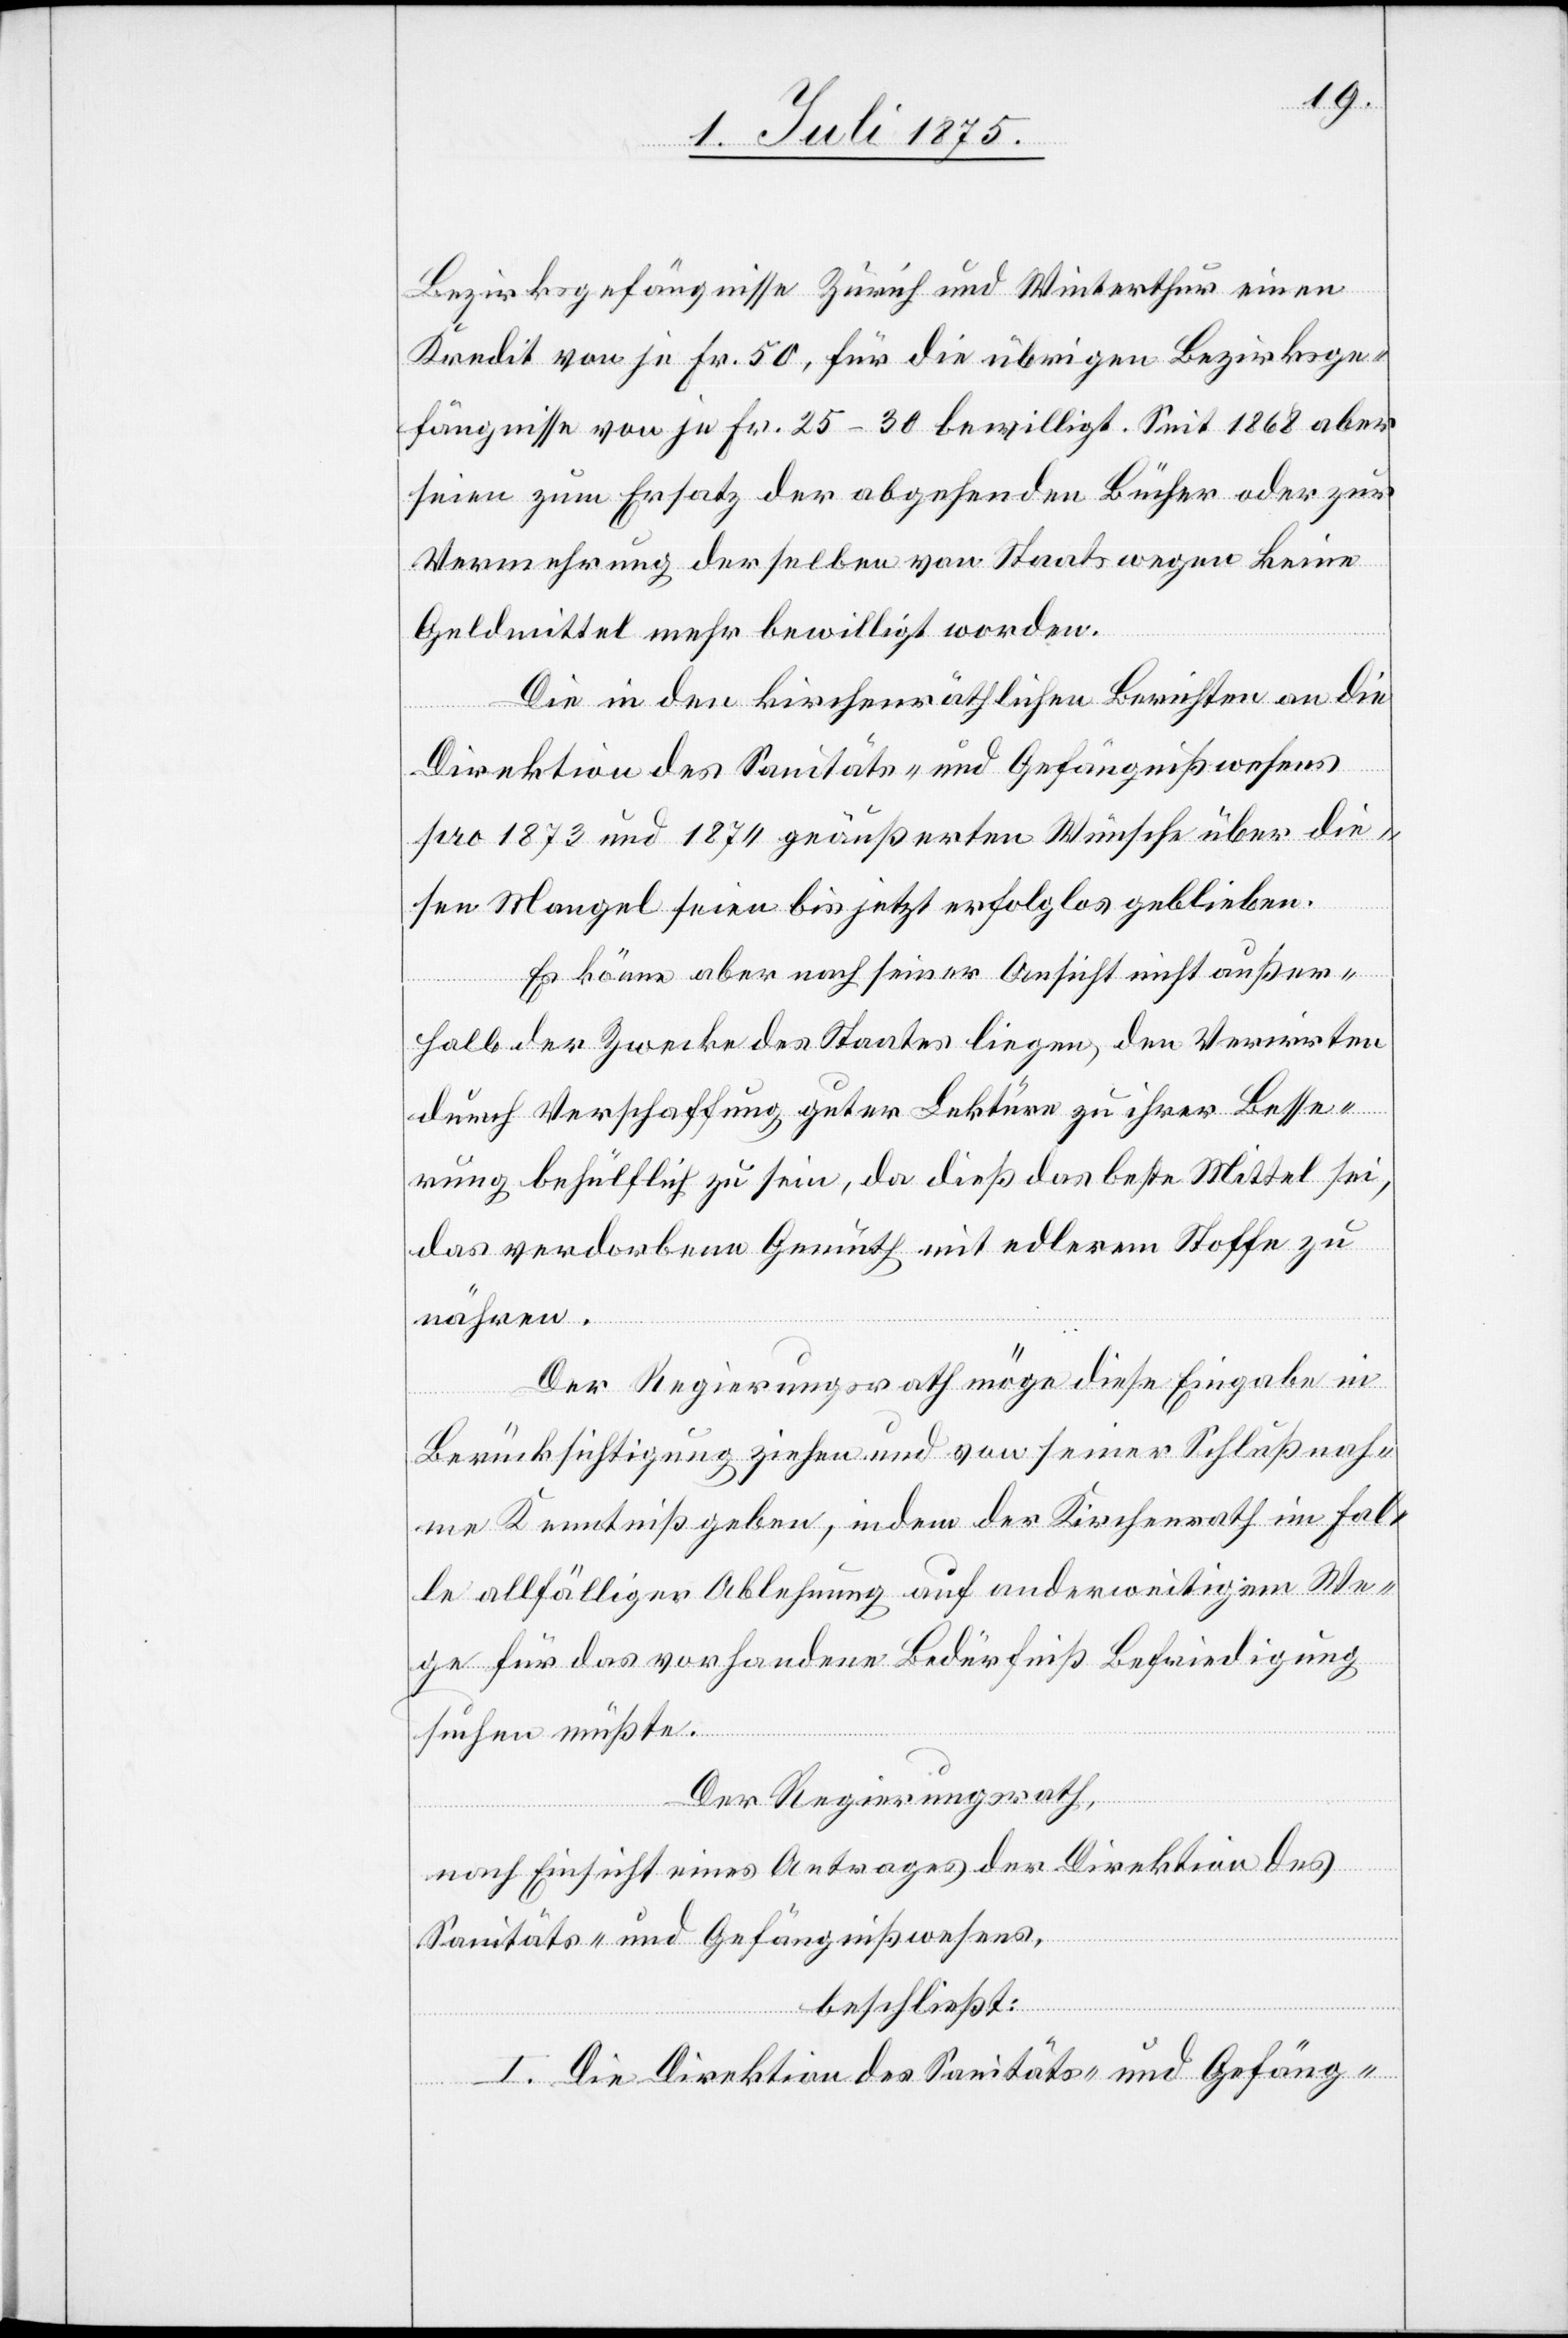
Bezirksgefängnisse Zürich und Winterthur einen
Kredit von je Fr. 50, für die übrigen Bezirksge¬
fängnisse von je Fr. 25–30 bewilligt. Seit 1868 aber
seien zum Ersatz der abgehenden Bücher oder zur
Vermehrung derselben von Staatswegen keine
Geldmittel mehr bewilligt worden.
Die in den kirchenräthlichen Berichten an die
Direktion des Sanitäts- und Gefängnißwesens
pro 1873 und 1874 geäußerten Wünsche über die¬
sen Mangel seien bis jetzt erfolglos geblieben.
Es könne aber nach seiner Ansicht nicht außer¬
halb der Zwecke des Staates liegen, den Verirrten
durch Verschaffung guter Lektüre zu ihrer Besse¬
rung behülflich zu sein, da dieß das beste Mittel sei,
das verdorbene Gemüth mit edlerem Stoffe zu
nähren.
Der Regierungsrath möge diese Eingabe in
Berücksichtigung ziehen und von seiner Schlußnah¬
me Kenntniß geben, in dem der Kirchenrath im Fal¬
le allfälliger Ablehnung auf anderweitigem We¬
ge für das vorhandene Bedürfniß Befriedigung
suchen müßte.
Der Regierungsrath,
nach Einsicht eines Antrages der Direktion des
Sanitäts- und Gefängnißwesens,
beschließt:
I. Die Direktion des Sanitäts- und Gefäng-